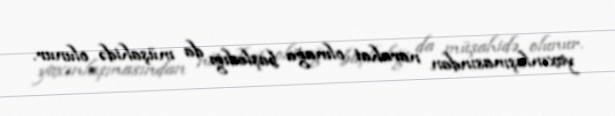
yaxınlaşmasından narahat olmağa başladığı da müşahidə olunur.